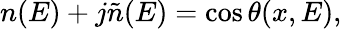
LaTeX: \begin{array}{r}{n(E)+j\tilde{n}(E)=\cos\theta(x,E),}\end{array}